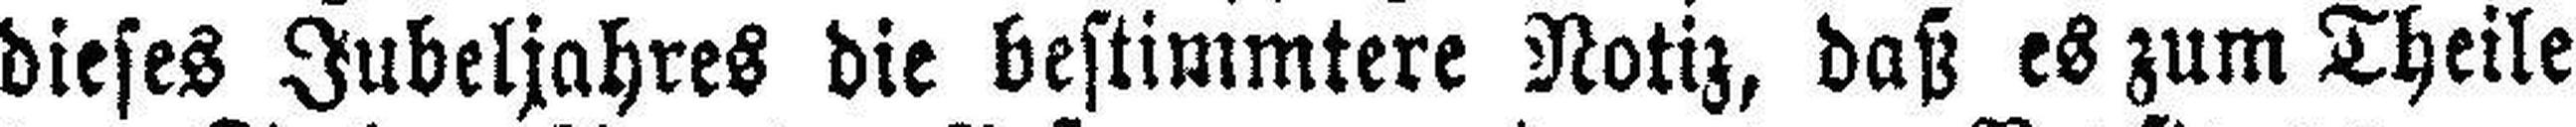
dieses Jubeljahres die bestimmtere Notiz, daß es zum Theile